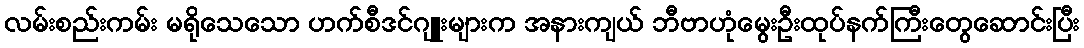
လမ်းစည်းကမ်း မရိုသေသော ဟက်စီဒင်ဂျူးများက အနားကျယ် ဘီဗာဟုံမွေးဦးထုပ်နက်ကြီးတွေဆောင်းပြီး